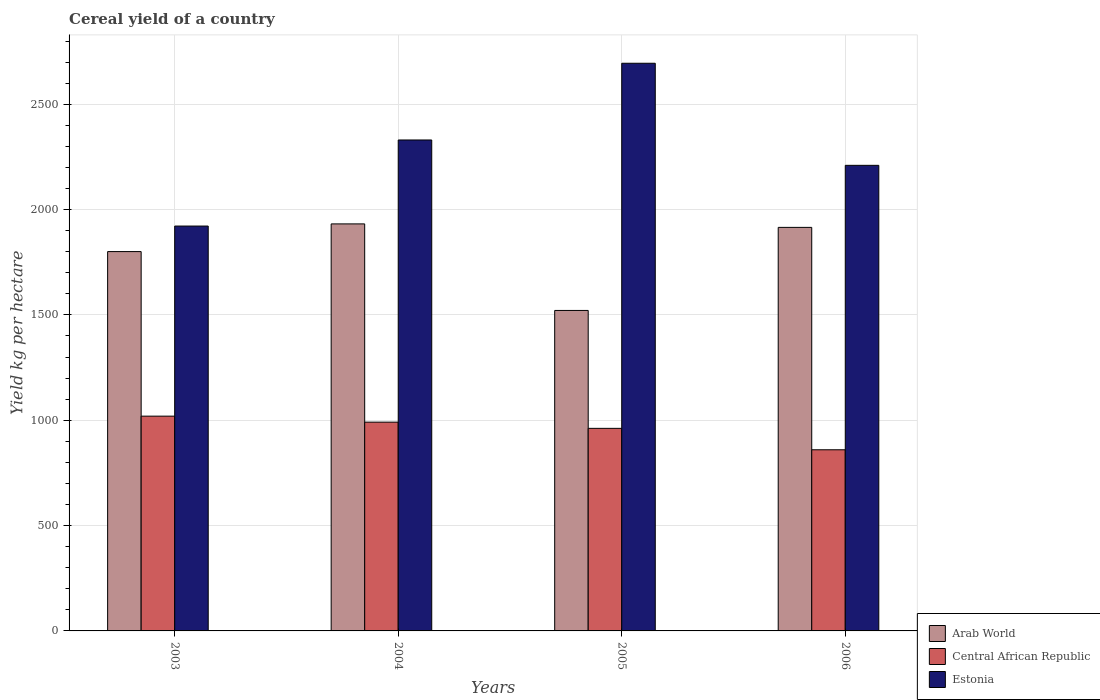
| Years | Arab World | Central African Republic | Estonia |
 | --- | --- | --- | --- |
 | 2003 | 1.8e+03 | 1.02e+03 | 1.92e+03 |
 | 2004 | 1.93e+03 | 991 | 2.33e+03 |
 | 2005 | 1.52e+03 | 962 | 2.69e+03 |
 | 2006 | 1.92e+03 | 860 | 2.21e+03 |